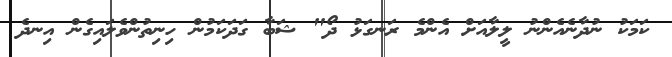
ކަމަކު ނުދާނެއެންނު ލީލާއަށް އެންމެ ރަނގަޅު ދޯ" ޝަބާ ގަދަކަމުން ހިނިތުންވެލަައިގެން އިނދެ